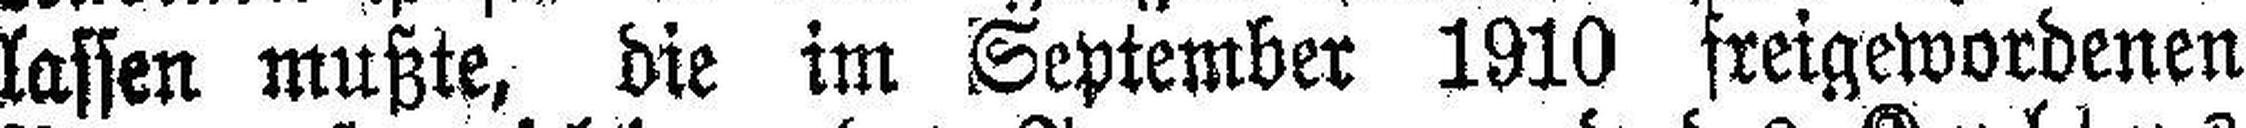
lassen mußte, die im September 1910 freigewordenen